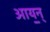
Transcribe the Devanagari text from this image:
आय॒न्